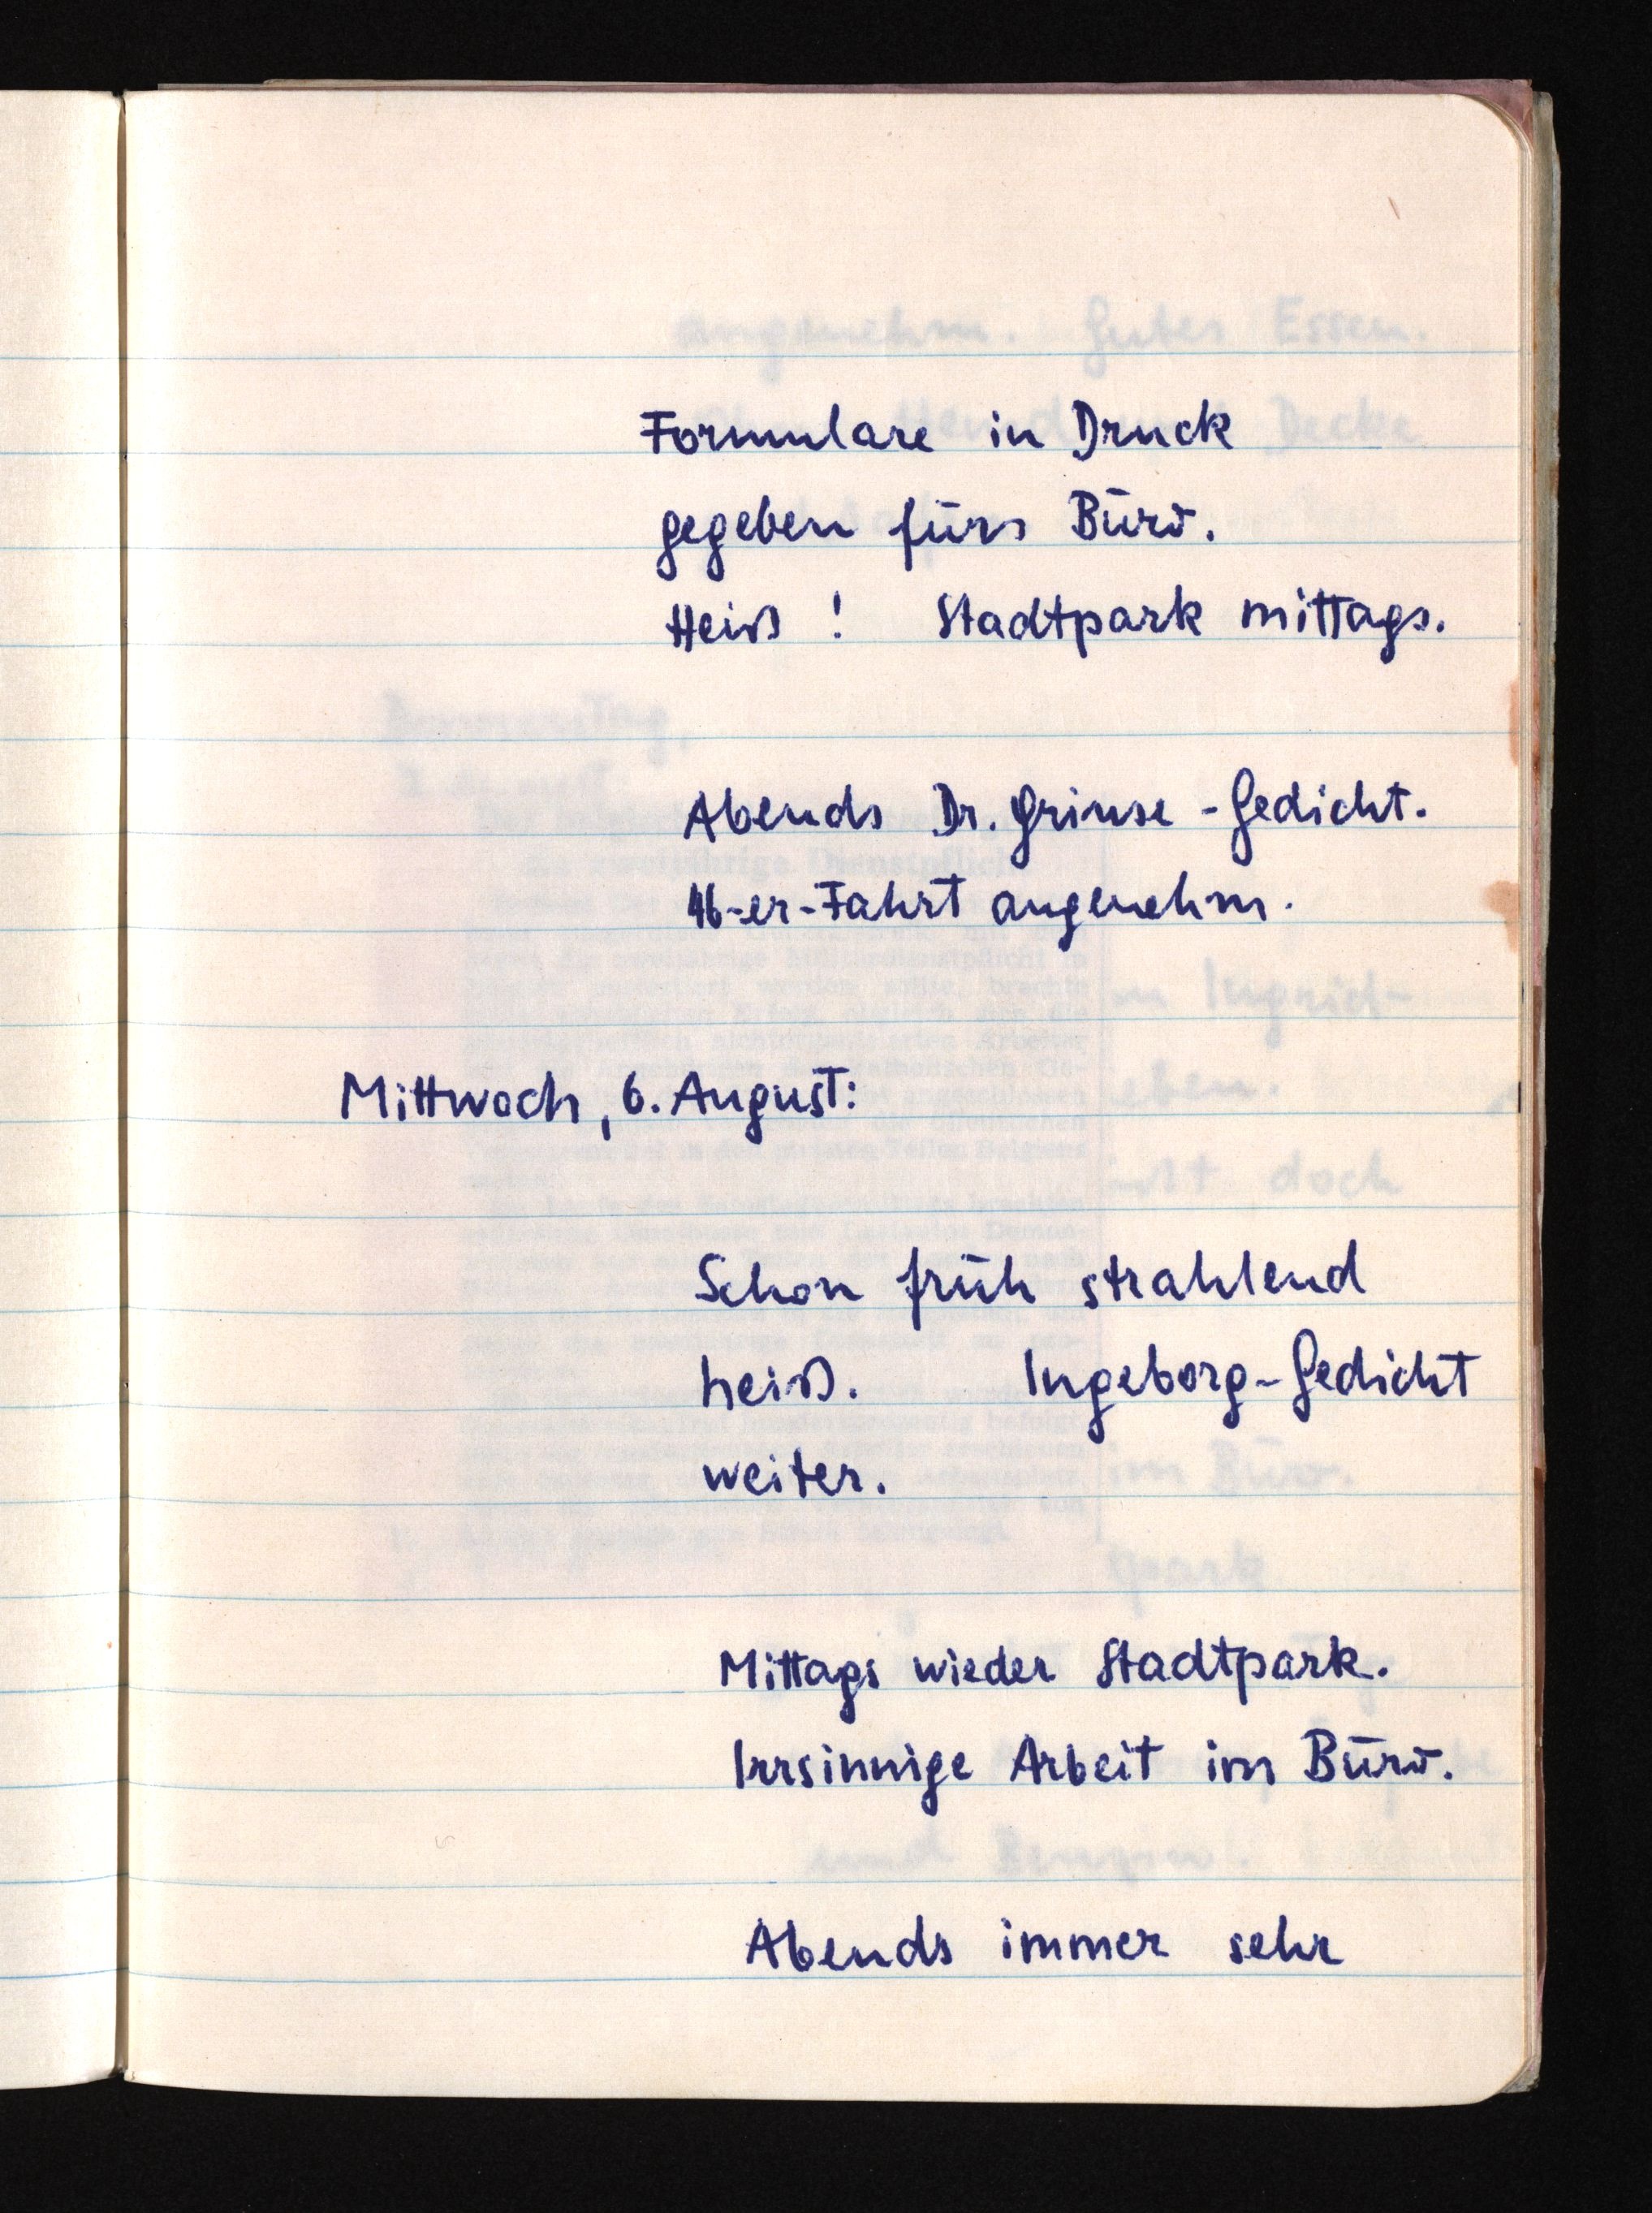
Formulare in Druck
gegeben fürs Büro.
Heiß! Stadtpark mittags.
Abends Dr. Grinse-Gedicht.
46-er-Fahrt angenehm.
Mittwoch, 6. August:
Schon früh strahlend
heiß.Ingeborg-Gedicht
weiter.
Mittags wieder Stadtpark.
Irrsinnige Arbeit im Büro.
Abends immer sehr